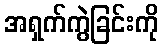
အရှက်ကွဲခြင်းကို